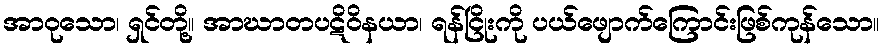
အာဝုသော၊ ရှင်တို့။ အာဃာတပဋိဝိနယာ၊ ရန်ငြိုးကို ပယ်ဖျောက်ကြောင်းဖြစ်ကုန်သော။